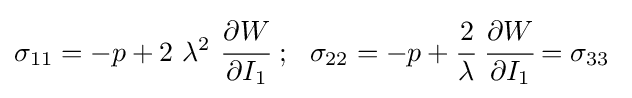
\sigma _{11}=-p+2~\lambda ^{2}~{\cfrac {\partial W}{\partial I_{1}}}~;~~\sigma _{22}=-p+{\cfrac {2}{\lambda }}~{\cfrac {\partial W}{\partial I_{1}}}=\sigma _{33}~